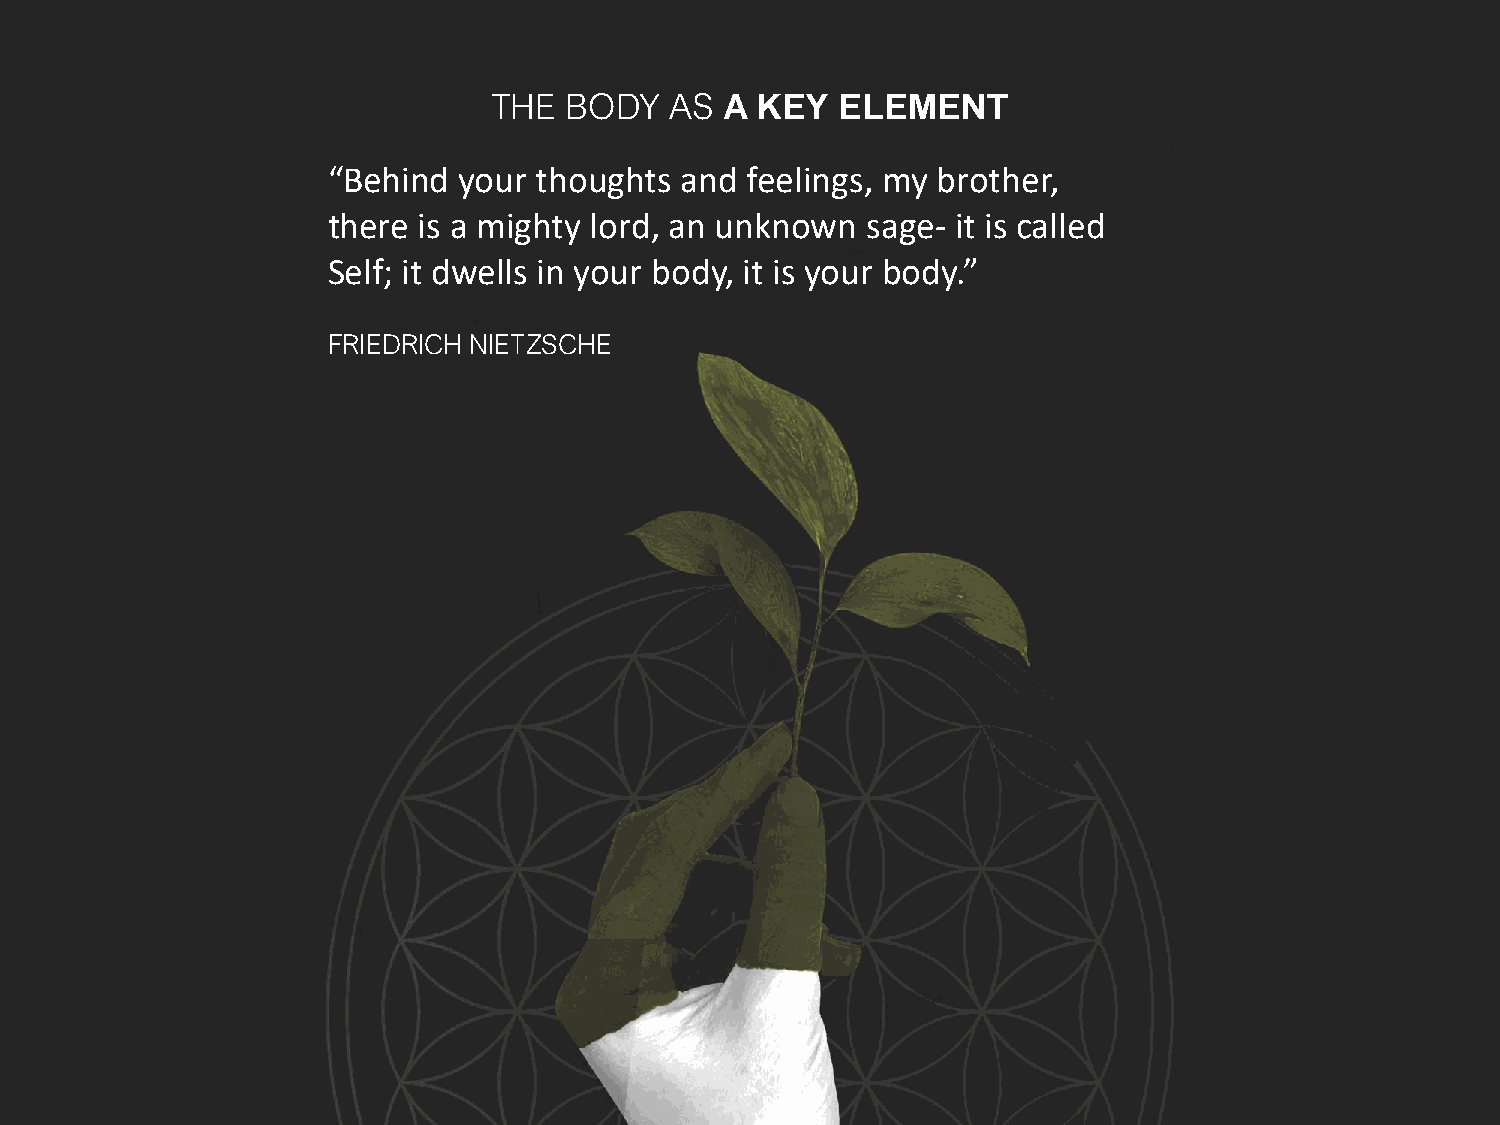
THE BODY   AS  A KEY   ELEMENT
 “Behind your  thoughts and feelings, my brother,
 there is a mighty lord, an unknown sage- it is called
 Self; it dwells in your body, it is your body.”
 FRIEDRICH NIETZSCHE